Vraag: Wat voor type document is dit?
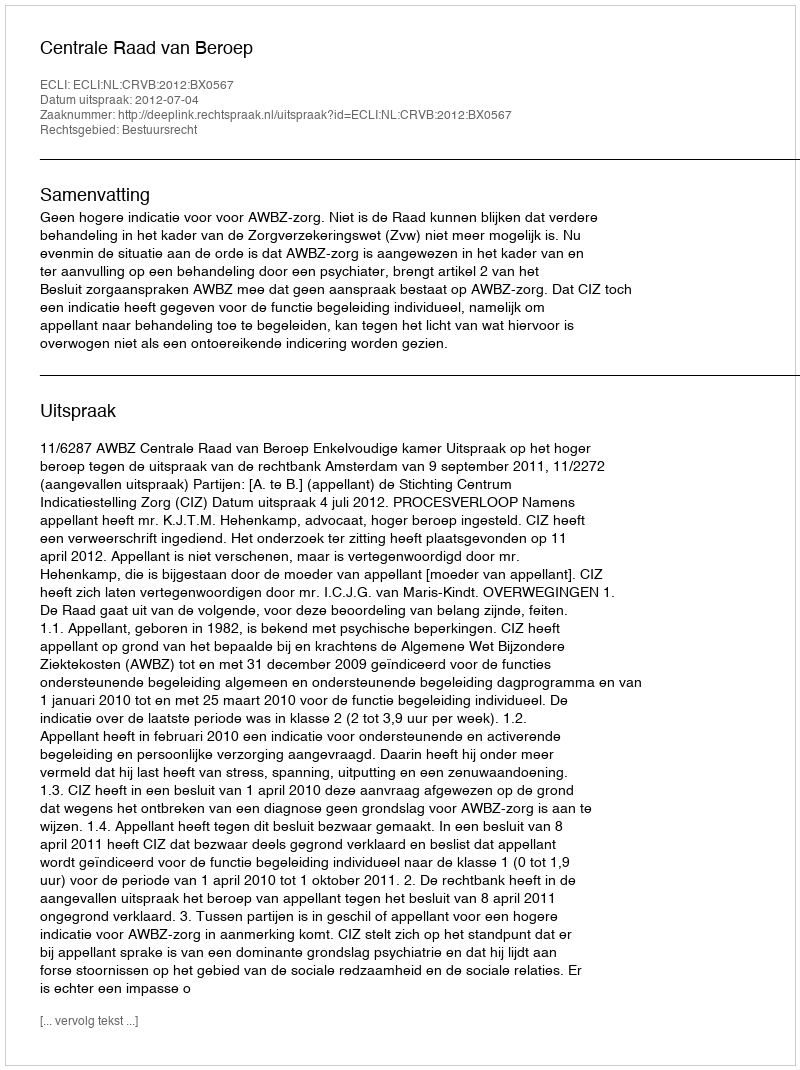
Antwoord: Uitspraak